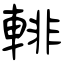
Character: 輫